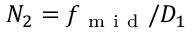
N _ { 2 } = f _ { \mathrm { ~ m ~ i ~ d ~ } } / D _ { 1 }